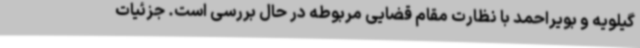
گیلویه و بویراحمد با نظارت مقام قضایی مربوطه در حال بررسی است. جزئیات